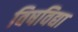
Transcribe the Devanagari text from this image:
विषविद्या